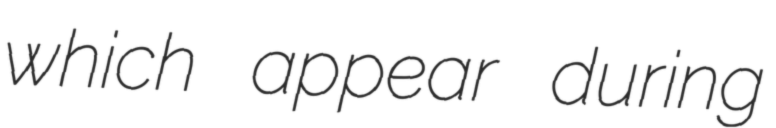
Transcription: which appear during